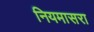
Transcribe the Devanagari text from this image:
नियमासरा